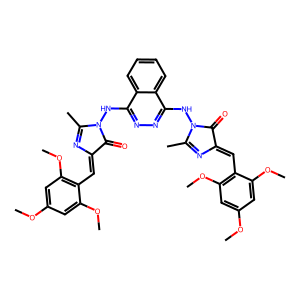
SMILES: COc1cc(OC)c(C=C2N=C(C)N(Nc3nnc(NN4C(=O)C(=Cc5c(OC)cc(OC)cc5OC)N=C4C)c4ccccc34)C2=O)c(OC)c1
Inhibits HIV replication: No